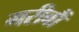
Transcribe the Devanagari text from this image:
गरीबौं